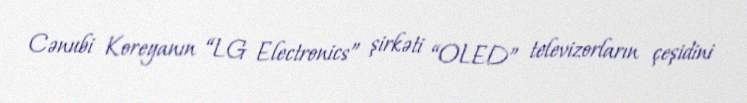
Cənubi Koreyanın “LG Electronics” şirkəti “OLED” televizorların çeşidini